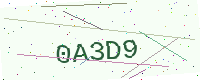
Text: 0A3D9